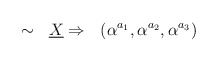
\begin{align*}\sim~~\underline{X} \Rightarrow ~~ (\alpha^{a_1}, \alpha^{a_2},\alpha^{a_3})\end{align*}